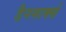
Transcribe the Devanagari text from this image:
डैनमार्क्स